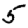
Digit: 5